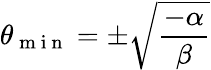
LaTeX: \theta_{\mathrm{~m~i~n~}}=\pm\sqrt{\frac{-\alpha}{\beta}}